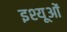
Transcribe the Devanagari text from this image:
इश्यूओं